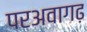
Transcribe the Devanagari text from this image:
परअवागढ़